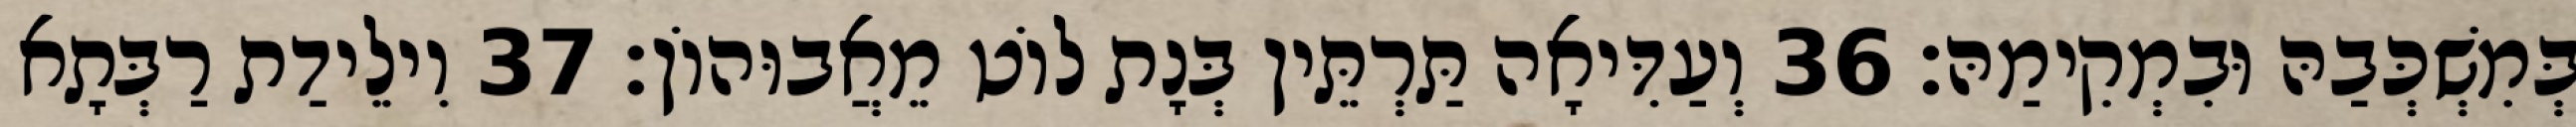
בְּמִשְׁכְּבַהּ וּבִמְקִימַהּ׃ 36 וְעַדִּיאָה תַּרְתֵּין בְּנָת לוֹט מֵאֲבוּהוֹן׃ 37 וִילֵידַת רַבְּתָא